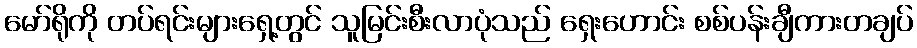
မော်ရိုကို တပ်ရင်းများရှေ့တွင် သူမြင်းစီးလာပုံသည် ရှေးဟောင်း စစ်ပန်းချီကားတချပ်